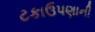
ટકાઉપણાની